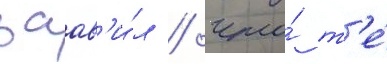
заав'и́л / что́ т'е́